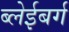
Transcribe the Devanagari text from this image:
ब्लेईबर्ग